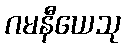
ဂမနီယေသု